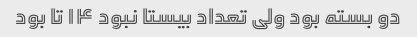
دو بسته بود ولی تعداد بیستا نبود ١۴ تا بود